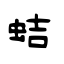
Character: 蛣